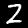
Digit: 2